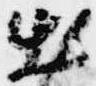
出